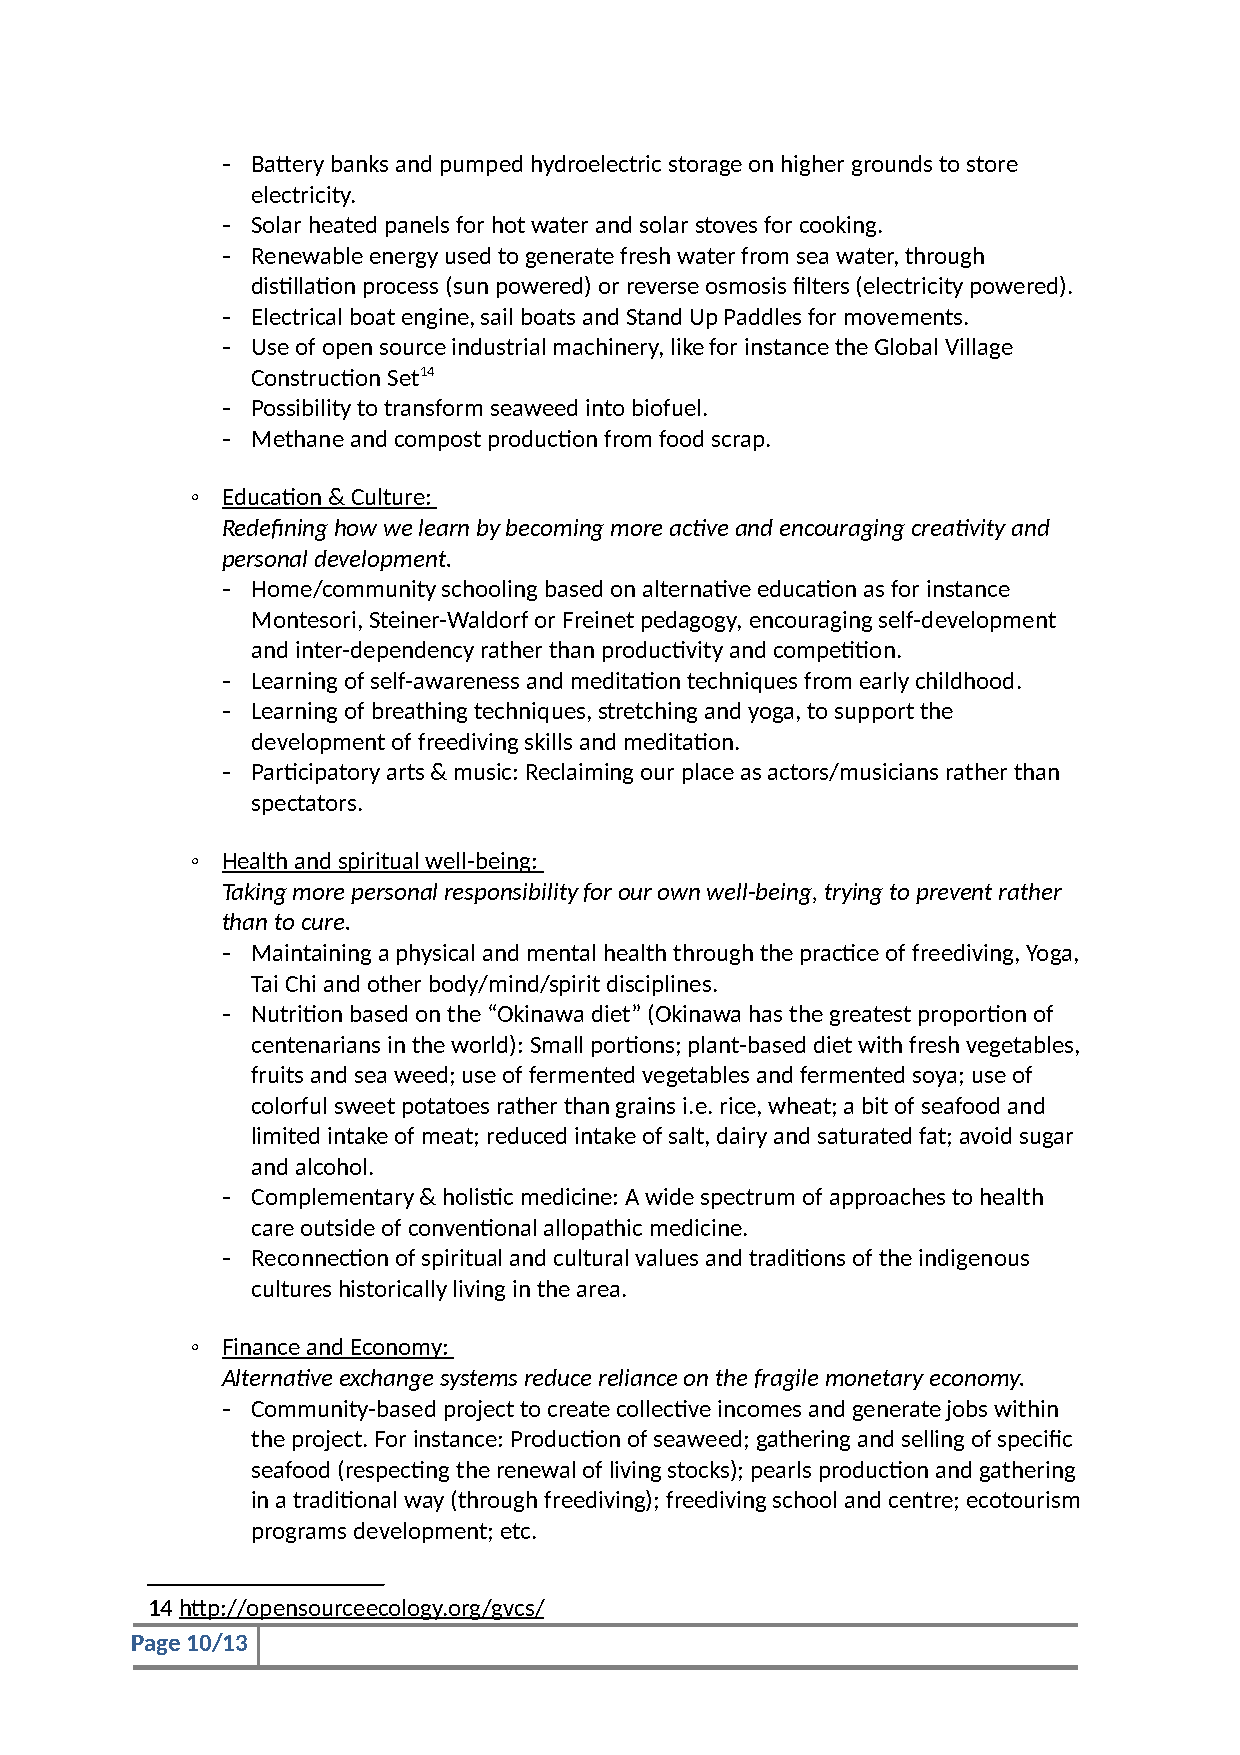
- Battery banks and pumped hydroelectric storage on higher grounds to store
 electricity.
 - Solar heated panels for hot water and solar stoves for cooking.
 - Renewable energy used to generate fresh water from sea water, through
 distillation process (sun powered) or reverse osmosis filters (electricity powered).
 - Electrical boat engine, sail boats and Stand Up Paddles for movements.
 - Use of open source industrial machinery, like for instance the Global Village
 Construction Set14
 - Possibility to transform seaweed into biofuel.
 - Methane and compost production from food scrap.
 ◦ Education & Culture:
 Redefining how we learn by becoming more active and encouraging creativity and
 personal development.
 - Home/community schooling based on alternative education as for instance
 Montesori, Steiner-Waldorf or Freinet pedagogy, encouraging self-development
 and inter-dependency rather than productivity and competition.
 - Learning of self-awareness and meditation techniques from early childhood.
 - Learning of breathing techniques, stretching and yoga, to support the
 development of freediving skills and meditation.
 - Participatory arts & music: Reclaiming our place as actors/musicians rather than
 spectators.
 ◦ Health and spiritual well-being:
 Taking more personal responsibility for our own well-being, trying to prevent rather
 than to cure.
 - Maintaining a physical and mental health through the practice of freediving, Yoga,
 Tai Chi and other body/mind/spirit disciplines.
 - Nutrition based on the “Okinawa diet” (Okinawa has the greatest proportion of
 centenarians in the world): Small portions; plant-based diet with fresh vegetables,
 fruits and sea weed; use of fermented vegetables and fermented soya; use of
 colorful sweet potatoes rather than grains i.e. rice, wheat; a bit of seafood and
 limited intake of meat; reduced intake of salt, dairy and saturated fat; avoid sugar
 and alcohol.
 - Complementary & holistic medicine: A wide spectrum of approaches to health
 care outside of conventional allopathic medicine.
 - Reconnection of spiritual and cultural values and traditions of the indigenous
 cultures historically living in the area.
 ◦ Finance and Economy:
 Alternative exchange systems reduce reliance on the fragile monetary economy.
 - Community-based project to create collective incomes and generate jobs within
 the project. For instance: Production of seaweed; gathering and selling of specific
 seafood (respecting the renewal of living stocks); pearls production and gathering
 in a traditional way (through freediving); freediving school and centre; ecotourism
 programs development; etc.
 14 http://opensourceecology.org/gvcs/
 Page 10/13